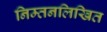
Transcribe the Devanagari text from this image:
निम्तनलिखित